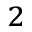
^ 2